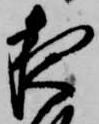
夜